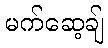
မက်ဆေ့ချ်